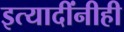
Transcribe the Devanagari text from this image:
इत्यादींनीही